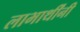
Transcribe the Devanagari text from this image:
लाभार्थींनी